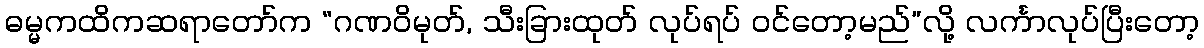
ဓမ္မကထိကဆရာတော်က “ဂဏဝိမုတ်, သီးခြားထုတ် လုပ်ရပ် ဝင်တော့မည်”လို့ လင်္ကာလုပ်ပြီးတော့